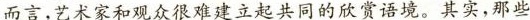
而言，艺术家和观众很难建立起共同的欣赏语境。其实,那些